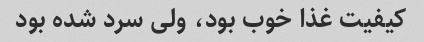
کیفیت غذا خوب بود، ولی سرد شده بود